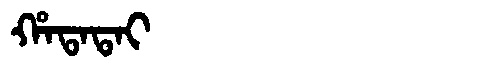
Manchu: ᡥᠠᡨᠠᡨᠠᡳ
Romanization: HATATAI